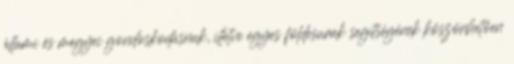
állami és megyei gondoskodásnak, illetve egyes földesurak segítségének köszönhetően